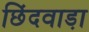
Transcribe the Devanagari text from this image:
छिंदवाडा़